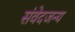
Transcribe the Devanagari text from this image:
संवेदजन्य